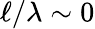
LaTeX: \ell/\lambda\sim 0